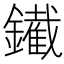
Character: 䥫